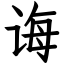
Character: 诲